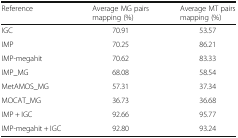
<table><thead><tr><td><b>Reference</b></td><td><b>Average MG pairs mapping (%)</b></td><td><b>Average MT pairs mapping (%)</b></td></tr></thead><tbody><tr><td>IGC</td><td>70.91</td><td>53.57</td></tr><tr><td>IMP</td><td>70.25</td><td>86.21</td></tr><tr><td>IMP-megahit</td><td>70.62</td><td>83.33</td></tr><tr><td>IMP_MG</td><td>68.08</td><td>58.54</td></tr><tr><td>MetAMOS_MG</td><td>57.31</td><td>37.34</td></tr><tr><td>MOCAT_MG</td><td>36.73</td><td>36.68</td></tr><tr><td>IMP + IGC</td><td>92.66</td><td>95.77</td></tr><tr><td>IMP-megahit + IGC</td><td>92.80</td><td>93.24</td></tr></tbody></table>